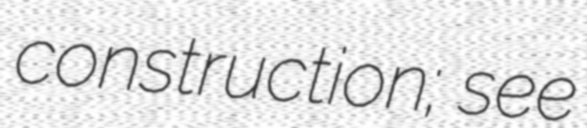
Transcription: construction; see